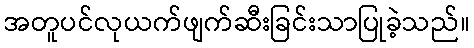
အတူပင်လုယက်ဖျက်ဆီးခြင်းသာပြုခဲ့သည်။